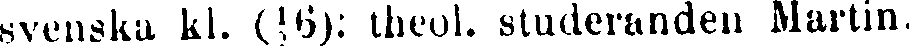
svenska kl. (16): theol. studeranden Martin.